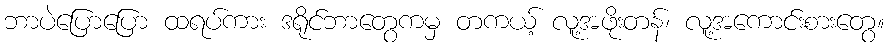
ဘာပဲပြောပြော ထရပ်ကား ဒရိုင်ဘာတွေကမှ တကယ့် လူ့အဖိုးတန်၊ လူ့အကောင်းစားတွေ။